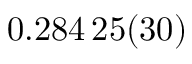
0 . 2 8 4 \, 2 5 ( 3 0 )